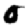
Digit: 0